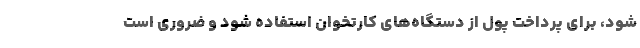
شود، برای پرداخت پول از دستگاه‌های کارتخوان استفاده شود و ضروری است